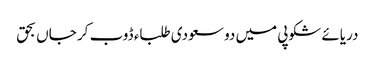
دریائے شکوپی میں دو سعودی طلباء ڈوب کر جاں بحق